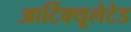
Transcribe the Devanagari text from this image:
आर्टिक्यूलेटेड